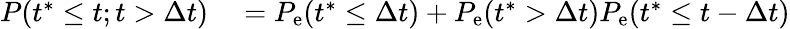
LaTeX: \begin{array}{rl}{P(t^{\ast}\leq t;t>\Delta t)}&{{}=P_{\mathrm{e}}(t^{\ast}\leq\Delta t)+P_{\mathrm{e}}(t^{\ast}>\Delta t)P_{\mathrm{e}}(t^{\ast}\leq t-\Delta t)}\end{array}